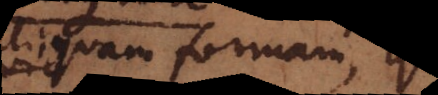
aliquam formam,